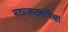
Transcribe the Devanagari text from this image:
सतारवादकांपेक्षा